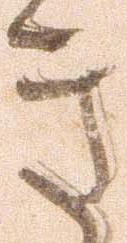
き